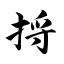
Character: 捋